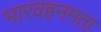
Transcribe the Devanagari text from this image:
भारवहनमता